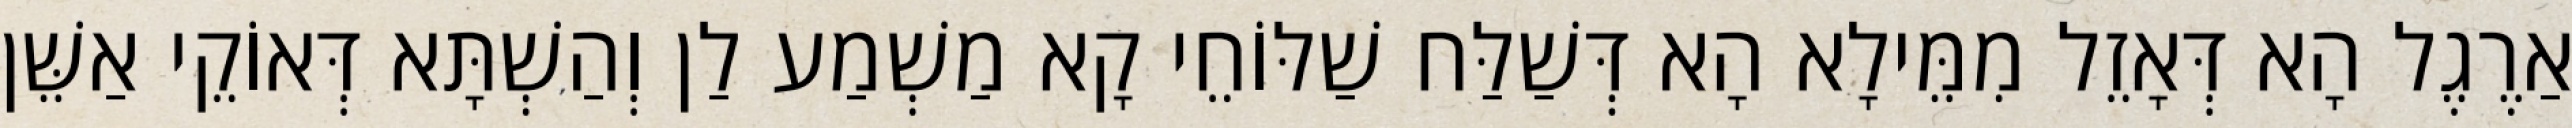
אַרֶגֶל הָא דְּאָזֵל מִמֵּילָא הָא דְּשַׁלַּח שַׁלּוֹחֵי קָא מַשְׁמַע לַן וְהַשְׁתָּא דְּאוֹקֵי אַשֵּׁן